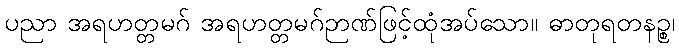
ပညာ အရဟတ္တမဂ် အရဟတ္တမဂ်ဉာဏ်ဖြင့်ထုံအပ်သော။ ဓာတုရတနဉ္စ၊